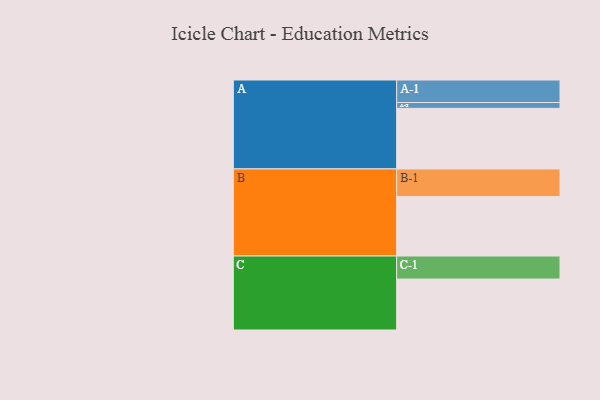
{"axis": {"x": "Segment", "y": "Value"}, "legend": ["", "A", "B", "C"], "data": [{"x": "A", "y": 592, "type": ""}, {"x": "B", "y": 581, "type": ""}, {"x": "C", "y": 498, "type": ""}, {"x": "A-1", "y": 220, "type": "A"}, {"x": "A-2", "y": 57, "type": "A"}, {"x": "B-1", "y": 270, "type": "B"}, {"x": "C-1", "y": 225, "type": "C"}]}